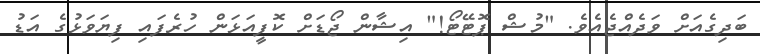
ބަދިގެއަށް ވަދެއްޖެއެވެ. "މުޝް ޕޮޓޭޓޯ!" އިޝާން ޖޯޑަށް ކޮފީއަޅަން ހުރެފައި ފިޔަވަޅުގެ އަޑު